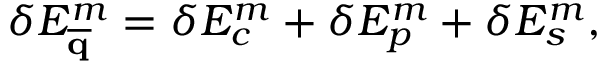
\delta E _ { \mathbf { \overline { { q } } } } ^ { m } = \delta E _ { c } ^ { m } + \delta E _ { p } ^ { m } + \delta E _ { s } ^ { m } ,